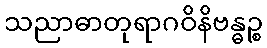
သညာဓာတုရာဂဝိနိဗန္ဓဉ္စ